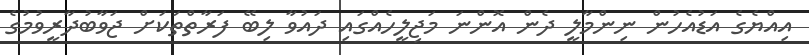
އިއްޔެގެ އަޑުއެހުން ނިންމާލީ ދެން އޮންނަ މަޖިލީހެއްގައި ދައުވާ ލިބޭ ފަރާތްތަކަށް ޖަވާބުދާރީވުމުގެ